Medical and sanitary report on the native army of Bombay for the year
Year: 1877
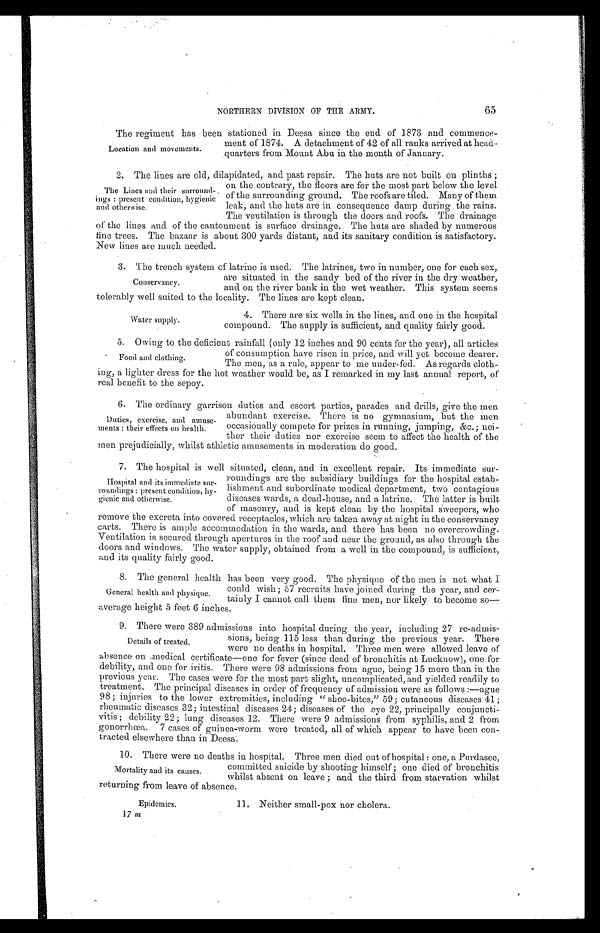
65
NORTHERN DIVISION OF THE ARMY.
The regiment has been stationed in Deesa since the end of 1873 and commence
-
ment of 1874. A detachment of 42 of all ranks arrived at head
-
quarters from Mount Abu in the month of January.
2. The lines are old, dilapidated, and past repair. The huts are not built on plinths;
on the contrary, the floors are for the most part below the level
of the surrounding ground. The roofs are tiled. Many of them
leak, and the huts are in consequence damp during the rains.
The ventilation is through the doors and roofs. The drainage
of the lines and of the cantonment is surface drainage. The huts are shaded by numerous
fine trees. The bazaar is about 300 yards distant, and its sanitary condition is satisfactory.
New lines are much needed.
3. The trench system of latrine is used. The latrines, two in number, one for each sex,
are situated in the sandy bed of the river in the dry weather,
and on the river bank in the wet weather. This system seems
tolerably well suited to the locality. The lines are kept clean.
Location and movements.
The Lines and their surround
-
ings: present condition, hygienic
and otherwise.
Conservancy.
Water supply.
4. There are six wells in the lines, and one in the hospital
compound. The supply is sufficient, and quality fairly good.
5. Owing to the deficient rainfall (only 12 inches and 90 cents for the year), all articles
of consumption have risen in price, and will yet become dearer.
The men, as a rule, appear to me under-fed. As regards cloth
-
ing, a lighter dress tor the hot weather would be, as I remarked in my last annual report, of
real benefit to the sepoy.
6. The ordinary garrison duties and escort parties, parades and drills, give the men
abundant exercise. There is no gymnasium, but the men
occasionally compete for prizes in running, jumping, &c.; nei
-
ther their duties nor exercise seem to affect the health of the
men prejudicially, whilst athletic amusements in moderation do good.
7. The hospital is well situated, clean, and in excellent repair. Its immediate sur
-
roundings are the subsidiary buildings for the hospital estab
-
lishment and subordinate medical department, two contagious
diseases wards, a dead-house, and a latrine. The latter is built
of masonry, and is kept clean by the hospital Sweepers, who
remove the excreta into covered receptacles, which are taken away at night in the conservancy
carts. There is ample accommodation in the wards, and there has been no overcrowding.
Ventilation is secured through apertures in the roof and near the ground, as also through the
doors and windows. The water supply, obtained from a well in the compound, is sufficient,
and its quality fairly good.
8. The general health has been very good. The physique of the men is not what I
could wish; 57 recruits have joined during the year, and cer
-
tainly I cannot call them fine men, nor likely to become so—
average height 5 feet 6 inches.
9. There were 389 admissions into hospital during the year, including 27 re-admis
-
sions, being 115 less than during the previous year. There
were no deaths in hospital. Three men were allowed leave of
absence on medical certificate—one for fever (since dead of bronchitis at Lucknow), one for
debility, and one for iritis. There were 98 admissions from ague, being 15 more than in the
previous year. The cases were for the most part slight, uncomplicated, and yielded readily to
treatment. The principal diseases in order of frequency of admission were as follows:—ague
98; injuries to the lower extremities, including "shoe-bites," 59; cutaneous diseases 41;
rheumatic diseases 32; intestinal diseases 24; diseases of the eye 22, principally conjuncti
-
vitis; debility 22; lung diseases 12. There were 9 admissions from syphilis, and 2 from
gonorrhœa. 7 cases of guinea-worm were treated, all of which appear to have been con
-
tracted elsewhere than in Deesa.
1 0 . T h e r e w e r e n o d e a t h s i n h o s p i t a l . T h r e e m e n d i e d o u t o f h o s p i t a l : o n e , a P u r d a s e e ,
committed suicide by shooting himself; one died of bronchitis
whilst absent on leave; and the third from starvation whilst
returning from leave of absence.
Food and clothing
.
Duties, exercise, and amuse
-
ments: their effects on health.
Hospital and its immediate sur-
roundings: present condition, hy-
gienic and otherwise.
General health and physique.
Details of treated.
Mortality and its causes.
Epidemics.
11. Neither small-pox nor cholera.
17 m